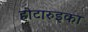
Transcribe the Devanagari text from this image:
होटारुइका